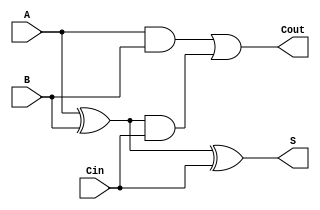

module FullAdder2(
  A,B,Cin,
    S,
    Cout
    );
	  input A,B,Cin;
    
    output S,Cout;
wire w1,w2,w3;
xor(w1,A,B);
xor(S,w1,Cin);
and(w2,w1,Cin);
and(w3,A,B);
or(Cout,w3,w2);

endmodule